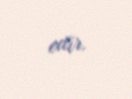
edir.